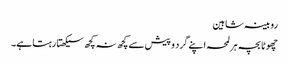
روبینہ شاہین
چھوٹا بچہ ہر لمحہ اپنے گرد و پیش سے کچھ نہ کچھ سیکھتا رہتا ہے۔